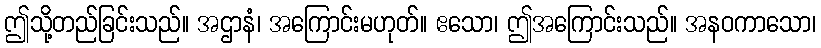
ဤသို့တည်ခြင်းသည်။ အဌာနံ၊ အကြောင်းမဟုတ်။ ဧသော၊ ဤအကြောင်းသည်။ အနဝကာသော၊